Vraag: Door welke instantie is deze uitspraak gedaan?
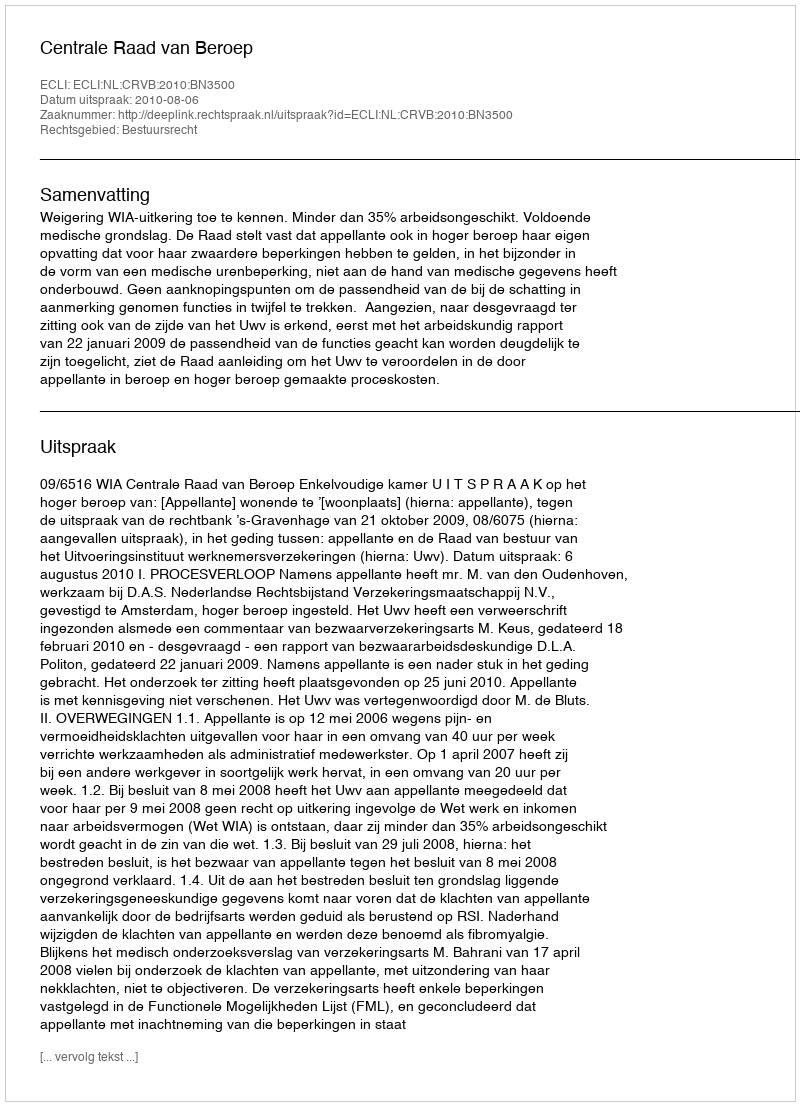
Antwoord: Centrale Raad van Beroep